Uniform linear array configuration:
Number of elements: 12
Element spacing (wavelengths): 0.25
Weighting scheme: exponential
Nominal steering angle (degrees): -30
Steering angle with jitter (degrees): -28.747
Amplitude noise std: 0.05
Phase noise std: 0.05

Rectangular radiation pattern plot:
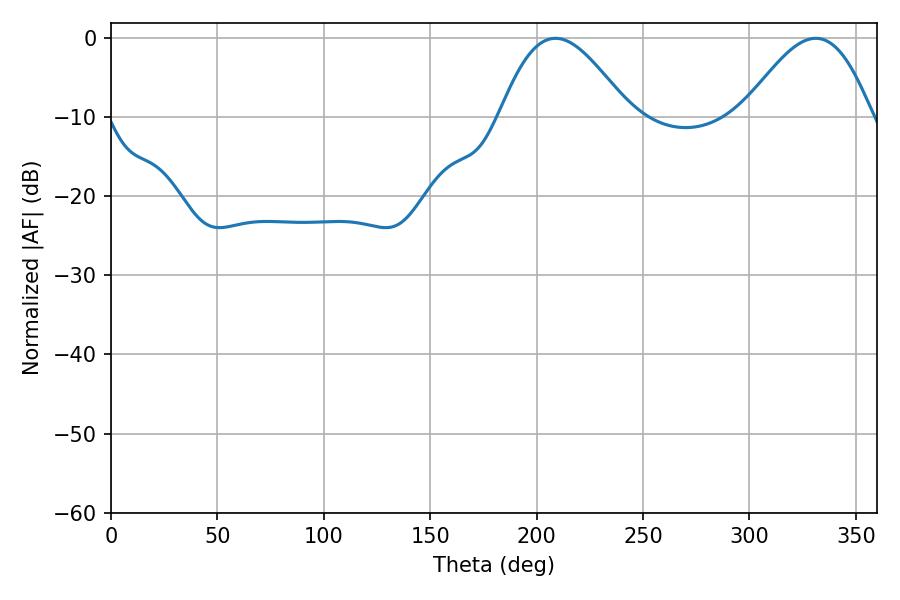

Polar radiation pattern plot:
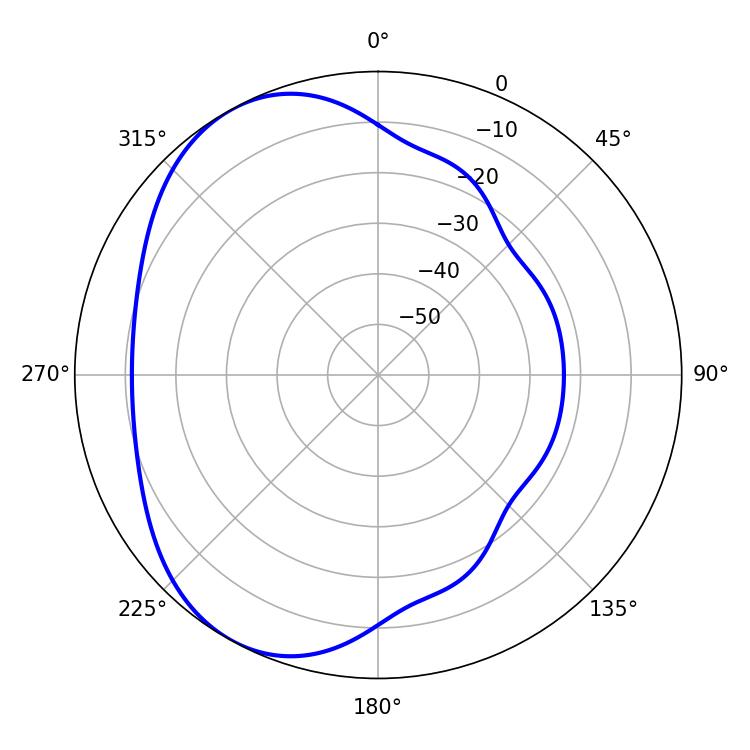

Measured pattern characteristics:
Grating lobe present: FALSE
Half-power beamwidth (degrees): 32.58
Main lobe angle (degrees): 208.8